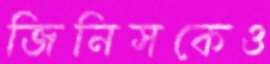
জিনিসকেও